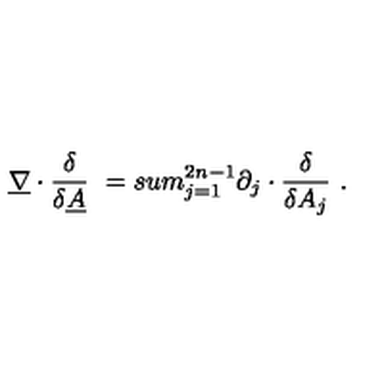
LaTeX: \underline { { \nabla } } \cdot \frac { \delta } { \delta \underline { { A } } } \ = s u m _ { j = 1 } ^ { 2 n - 1 } \partial _ { j } \cdot \frac { \delta } { \delta A _ { j } } \ .